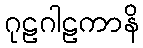
ဂုဠဂါဠကာနိ